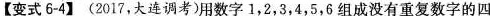
【变式6-4】(2017，大连调考)用数字1，2，3，4，5，6组成没有重复数字的四